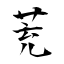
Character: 茺